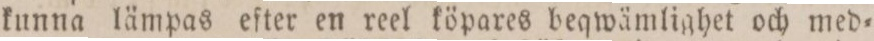
kunna lämpas efter en reel köpares beqwämlighet och med=